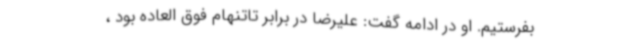
بفرستیم. او در ادامه گفت: علیرضا در برابر تاتنهام فوق العاده بود ،